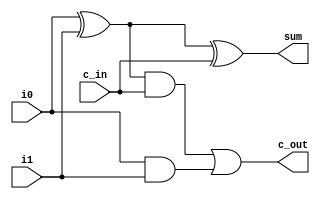
module adder_1bit(i0, i1,c_in,sum,c_out);

	input i0,i1,c_in;
	output sum, c_out;
	
	wire p0,p1,p2;


	assign p0 = i0 ^ i1;
	assign sum = p0 ^ c_in;

	assign p1 = p0 & c_in;
	assign p2 = i0 & i1;
	assign c_out = p1 | p2;

endmodule